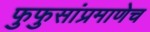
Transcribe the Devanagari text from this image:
फुफुसांप्रमाणेच